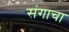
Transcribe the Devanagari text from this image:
संगाचा